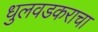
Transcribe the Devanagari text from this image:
धुलवडकराचा